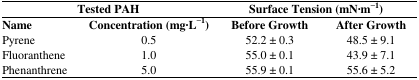
<table><thead><tr><td colspan="2"><b>Tested PAH</b></td><td colspan="2"><b>Surface Tension (mN·m<sup>−1</sup>)</b></td></tr><tr><td><b>Name</b></td><td><b>Concentration (mg·L<sup>−1</sup>)</b></td><td><b>Before Growth</b></td><td><b>After Growth</b></td></tr></thead><tbody><tr><td>Pyrene</td><td>0.5</td><td>52.2 ± 0.3</td><td>48.5 ± 9.1</td></tr><tr><td>Fluoranthene</td><td>1.0</td><td>55.0 ± 0.1</td><td>43.9 ± 7.1</td></tr><tr><td>Phenanthrene</td><td>5.0</td><td>55.9 ± 0.1</td><td>55.6 ± 5.2</td></tr></tbody></table>